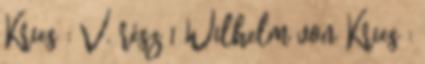
Kries : V. rész 1 Wilhelm von Kries :